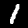
Digit: 1